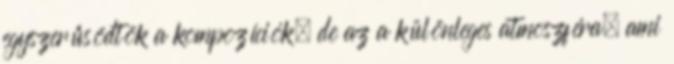
egyszerűsödtök a kompozíciók, de az a különleges atmoszféra, ami